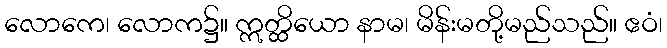
လောကေ၊ လောက၌။ ဣတ္ထိယော နာမ၊ မိန်းမတို့မည်သည်။ ဧဝံ၊